General report no. 6 on the lunatic asylums, vaccination and dispensaries in the Bengal Presidency, 1873 -
Year: 1873
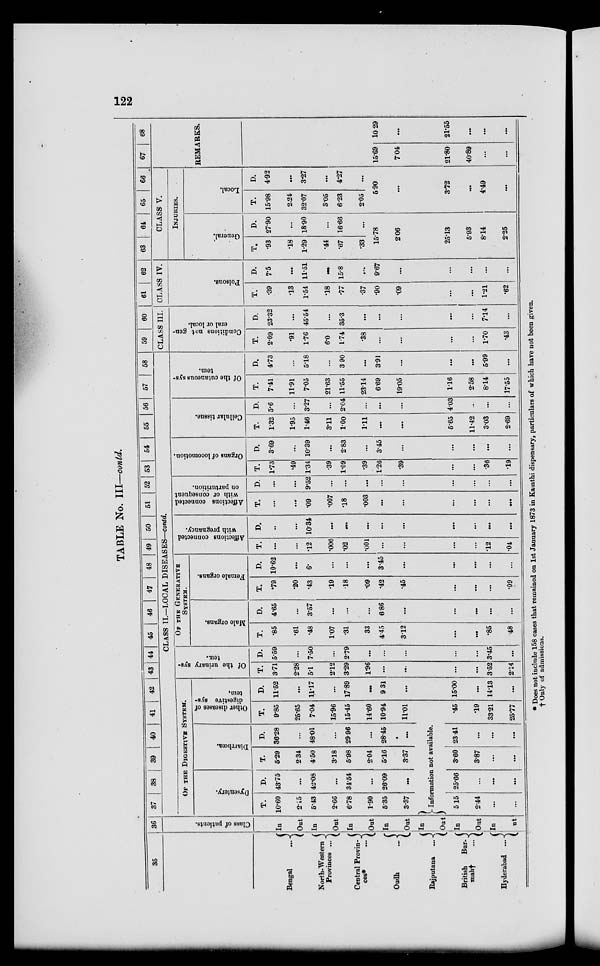
122
TABLE No. III—contd.
35
Bengal
...
North-Western
Provinces ...
Central Provin-
ces*
...
Oudh
...
Rajputana
...
British
Bur¬
mah†
...
Hyderabad ...
36
Class of patients.
In
Out
In
Out
In
Out
In
Out
In
Out
In
Out
In
ut
37
38
39
40
41
42
43 44
45
46
47
48
49
50
51
52 53
54
55 56 57
58
CLASS II.—LOCAL DISEASES—contd.
OF THE DIGESTIVE SYSTEM.
Dysentery.
T.
10.60
2.15
5.43
2.66
6.78
1.90
5.35
3.37
D.
43.75
...
42.08
...
31.54
...
26.09
...
Diarrhœa.
T.
5.29
2.34
4.50
3.18
5.98
2.04
5.16
3.37
D.
36.28
...
48.01
...
29.96
...
28.45
...
Other diseases of
digestive sys-
tem.
T.
9.85
25.65
7.04
15.96
15.45
14.60
10.94
11.01
D.
11.52
...
11.17
...
1789
...
9 31
...
Of the urinary sys-
tem.
T.
3.71
2.28
5.1
2.12
3.29
1.96
...
...
D.
5.59
...
7.50
...
2.79
...
...
...
OF THE GENERATIVE
SYSTEM.
Male organs.
T.
.85
.61
.48
1.07
.31
33
4.45
3.12
D.
4.65
...
3.57
...
...
...
6.86
...
Female organs.
T.
.79
.20
.43
.19
18
.09
.42
.45
D.
10.62
...
6.
...
...
...
3.45
...
Affections connected
with pregnancy.
T.
...
...
.12
.006
.02
.001
...
...
D.
...
...
10.34
...
...
...
...
...
Affections connected
with or consequent
on parturition.
T.
...
...
.09
.007
.18
.003
...
...
D.
...
...
9.52
...
...
...
...
...
Organs of locomotion.
T.
1.73
49
1.34
.39
1.09
.39
1.26
.39
D.
3.69
...
10.39
...
2.83
...
3.45
...
Cellular tissue.
T.
1.32
1.95
1.46
3.11
1.00
1.11
...
...
D.
5.6
...
3.27
...
2.04
...
...
...
Of the cutaneous sys-
tem.
T.
7.41
11.91
7.05
21.63
11.55
23.14
6.69
19.05
D.
4.73
...
5.18
...
3.90
...
3.91
...
59
60
CLASS III.
Conditions not gen-
eral or local.
T.
2.09
.91
1.76
6.0
1.74
.38
...
...
D.
23.32
...
45.54
...
35.3
...
...
...
61
62
CLASS IV.
Poisons.
T.
.39
.13
1.54
.18
.77
.37
.90
.09
D.
7.5
...
11.51
...
15.8
...
9.67
...
63
64
65
66
CLASS V.
INJURIES.
General.
T.
.93
.18
1.29
.44
.67
.33
D.
27.90
...
18.90
...
16.66
...
15.78
2.06
Local.
T.
15.98
2.24
32.07
3.05
6.23
2.05
D.
4.92
...
3.27
...
4.27
...
5.90
...
67
68
REMARKS.
15.69
704
10 29
...
Information not available.
5.15
2.44
...
...
25.66
...
...
...
3.60
3.87
...
...
2341
...
...
...
.45
.19
33.21
25.77
15.00
...
14.13
...
...
...
3.52
2.14
...
...
3.45
...
...
...
.85
.48
...
...
...
...
...
...
...
09
...
...
...
...
...
...
12
.04
...
...
...
...
...
...
...
...
...
...
...
...
...
...
.36
.19
...
...
...
...
565
11.42
3.03
2.69
4.03
...
...
...
1.16
2.58
8.14
17.55
...
...
5.99
...
...
...
1.70
.43
...
...
7.14
...
...
...
1.21
.62
...
...
...
2513
5.93
8.14
2.25
3.72
...
4.49
...
21.80
40.89
...
...
21.55
...
...
...
* Does not include 158 cases that remained on 1st January 1873 in Kamthi dispensary, particulars of which have not been given.
† Only of admissions.